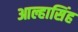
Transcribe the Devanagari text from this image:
आल्हासिंह